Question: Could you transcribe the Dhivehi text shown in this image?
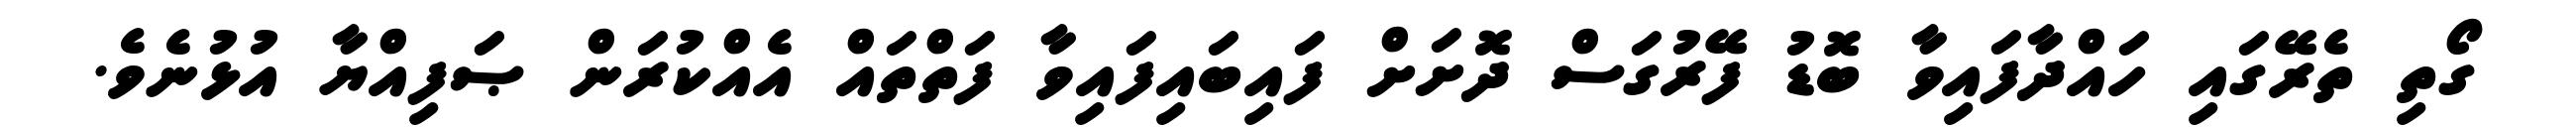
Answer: ގޯތި ތެރޭގައި ހައްދާފައިވާ ބޮޑު ފޭރުގަސް ދޮށަށް ފައިބައިފައިވާ ފަތްތައް އެއްކުރަން ޞަފިއްޔާ އުޅުނެވެ.